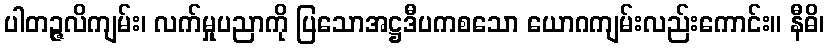
ပါတဉ္ဇလိကျမ်း၊ လက်မှုပညာကို ပြသောအဋ္ဌဒီပကစသော ယောဂကျမ်းလည်းကောင်း။ နီဓိ၊